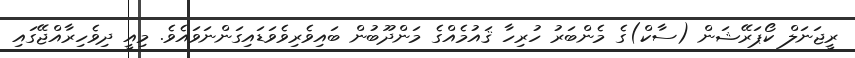
ރީޖަނަލް ކޯޕަރޭޝަން (ސާކް)ގެ މެންބަރު ހުރިހާ ޤައުމެއްގެ މަންދޫބުން ބައިވެރިވެވަޑައިގަންނަވައެވެ. މިއީ ދިވެހިރާއްޖޭގައި